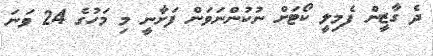
ދެ ގާޒީން ފެމިލީ ކޯޓަށް ނުކުންނަވަން ފަށާނީ މި މަހުގެ 24 ވަނަ